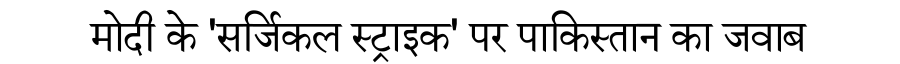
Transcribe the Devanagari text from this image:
मोदी के 'सर्जिकल स्ट्राइक' पर पाकिस्तान का जवाब